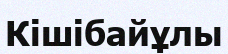
Кішібайұлы